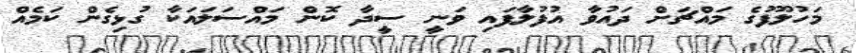
މަހުލޫފުގެ މައްޗަށް ދައުވާ އުފުލާފައި ވަނީ ސީދާ ކޮން މައްސަލައަކާ ގުޅިގެން ކަމެއް